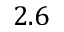
2 . 6